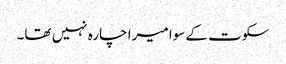
سکوت کے سوا میرا چارہ نہیں تھا۔